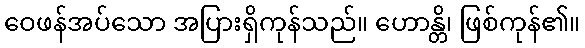
ဝေဖန်အပ်သော အပြားရှိကုန်သည်။ ဟောန္တိ၊ ဖြစ်ကုန်၏။